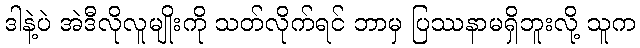
ဒါနဲ့ပဲ အဲဒီလိုလူမျိုးကို သတ်လိုက်ရင် ဘာမှ ပြဿနာမရှိဘူးလို့ သူက